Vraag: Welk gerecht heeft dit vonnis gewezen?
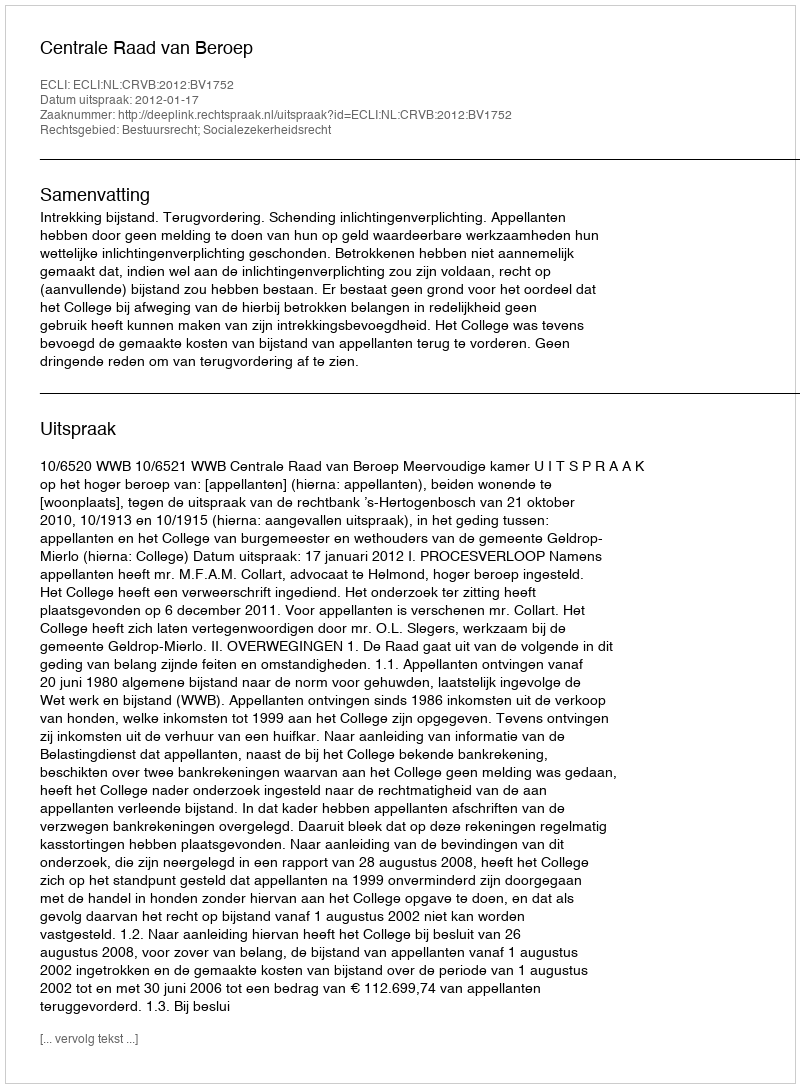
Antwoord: Centrale Raad van Beroep